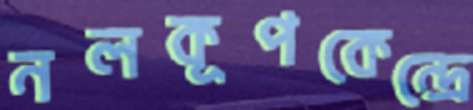
নলকূপকেন্দ্রে